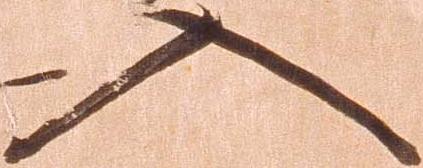
入